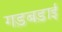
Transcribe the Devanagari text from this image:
गड़बड़ाई